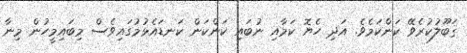
ޤަބޫލުކުރެވޭ ކަންކަމެވެ. އަދި ހެޔޮ ކަމާއި ނުބައި ކަންކަން ކަނޑައެޅުމުގައިވެސް މިބައިމީހުން މިނާ